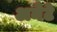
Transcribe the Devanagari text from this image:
अनेटे